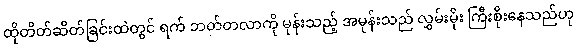
ထိုတိတ်ဆိတ်ခြင်းထဲတွင် ရက် ဘတ်တလာကို မုန်းသည့် အမုန်းသည် လွှမ်းမိုး ကြီးစိုးနေသည်ဟု